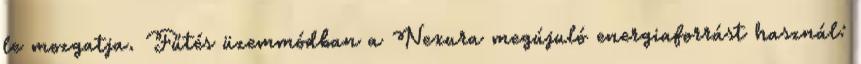
le mozgatja. Fűtés üzemmódban a Nexura megújuló energiaforrást használ: